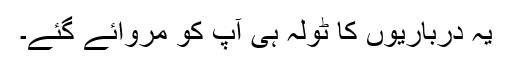
یہ درباریوں کا ٹولہ ہی آپ کو مروائے گئے۔